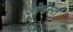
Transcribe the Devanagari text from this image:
ओबेर्स्त